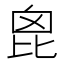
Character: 𣬉